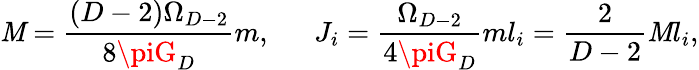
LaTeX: \mathit{M}={\frac{{(D-2)\Omega_{D-2}}}{{8\piG_{D}}}}m,\ \ \ \ \ \ J_{i}={\frac{{\Omega_{D-2}}}{{4\piG_{D}}}}ml_{i}={\frac{{2}}{{D-2}}}\mathit{M}l_{i},